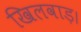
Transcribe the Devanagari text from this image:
खिलवाड़।